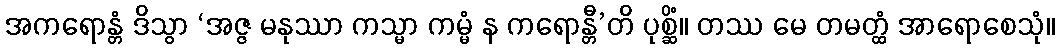
အကရောန္တံ ဒိသွာ ‘အဇ္ဇ မနုဿာ ကသ္မာ ကမ္မံ န ကရောန္တီ’တိ ပုစ္ဆိံ။ တဿ မေ တမတ္ထံ အာရောစေသုံ။